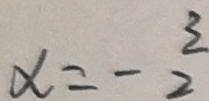
x = - \frac { 3 } { 2 }